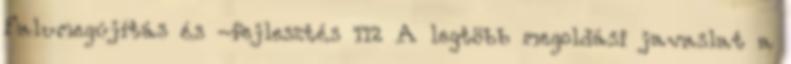
Falumegújítás és -fejlesztés 112 A legtöbb megoldási javaslat a